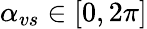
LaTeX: \alpha_{vs}\in[0,2\pi]